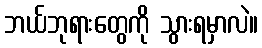
ဘယ်ဘုရားတွေကို သွားရမှာလဲ။